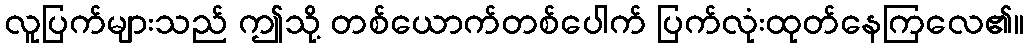
လူပြက်များသည် ဤသို့ တစ်ယောက်တစ်ပေါက် ပြက်လုံးထုတ်နေကြလေ၏။